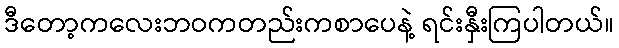
ဒီတော့ကလေးဘဝကတည်းကစာပေနဲ့ ရင်းနှီးကြပါတယ်။